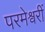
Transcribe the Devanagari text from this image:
परमेश्वरीं